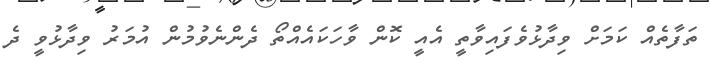
ތަފާތެއް ކަމަށް ވިދާޅުވެފައިވާތީ އެއީ ކޮން ވާހަކައެއްތޯ ދެންނެވުމުން އުމަރު ވިދާޅުވީ ދެ